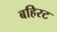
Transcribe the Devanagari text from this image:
बहिरट